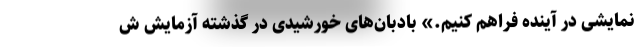
نمایشی در آینده فراهم کنیم.» بادبان‌های خورشیدی در گذشته آزمایش ش